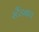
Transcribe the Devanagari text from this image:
स्टैंडबाय